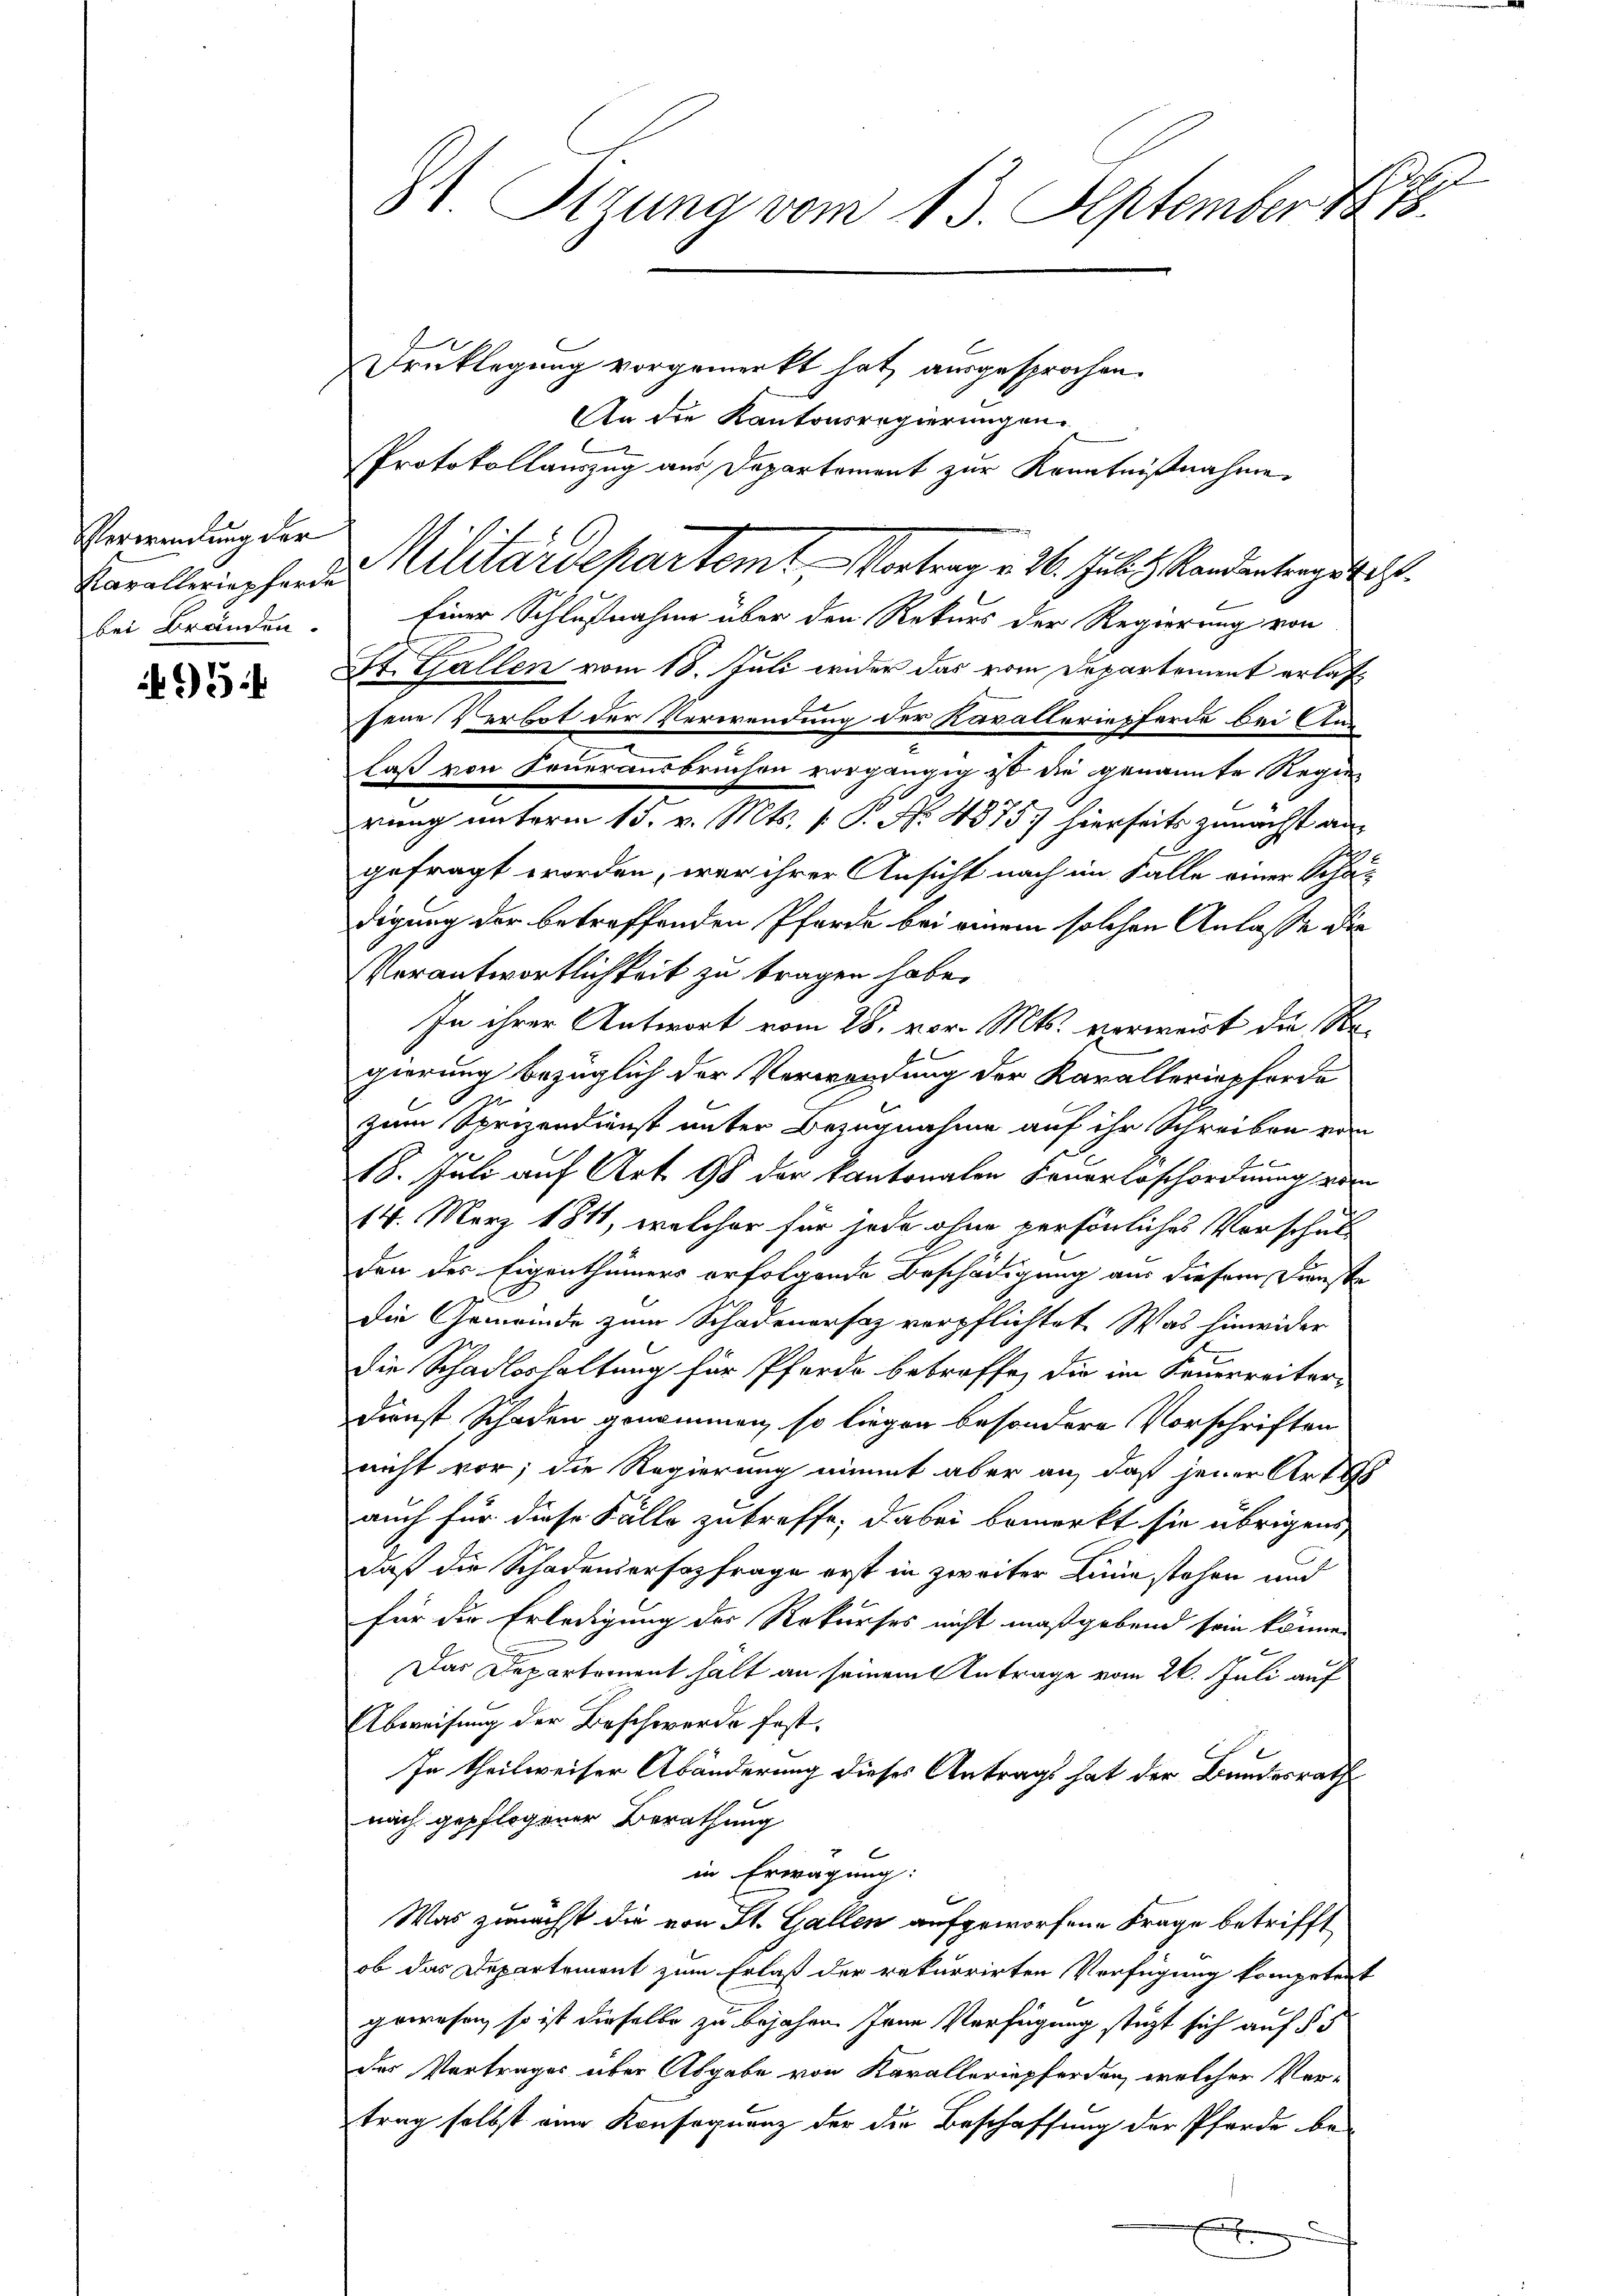
Verwendung der
bei Bränden.

5

2
81. Sizung vom 13. September 1888.

Drucklegung vorgemerkt hat, ausgesprochen.
Einer Schlußnahme über den Rekurs der Regierung von
St. Gallen vom 18. Juli wider das vom Departement erlaß
jene Verbot der Verwendung der Kavalleriepferde bei An
laß von Feuerausbruchen vorgängig ist die genannte Regen
rung unterm 15. v. Mts. 1. P. Nr. 4575) hierseits zunächst angefragt worden, wer ihrer Ansicht nach im Falle einer Schadigung der betreffenden Pfarre bei einem solchen Anlasse die
Verantwortlichkeit zu tragen habe.
In ihrer Antwort vom 28. vor. Mts. verweist die Sagierung bezüglich der Verwendung der Kavalleriepforde
zum Sprizendienst unter Bezugnahme auf ihr Schreiben von
18. Juli auf Art. 98 der kantonalen Feuerloschordnung von
14. März 1811, welcher für jede ohne persönliches Vorschul
den des Eigenthümers erfolgende Beschädigung aus diesem Dienste
die Gemeinde zum Schadenarfaz verpflichtet. Was hinwider
die Schadloshaltung für Pferde betroffe, die im Feuerreiter-
Dienst Schaden genommen, so liegen besondere Vorschriften
nicht vor; die Regierung nimmt aber an, daß jener Art 48
auch für diese Fälle zu treffe, dabei bemerkt sie übrigens,
daß die Schadensersazfrage erst in zweiter Linie stehen und
für die Erledigung der Rekurses nicht maßgebend sein könne.
Das Departement hält an seinem Antrage vom 26. Juli auf
Abweisung der Beschwerde fest¬
In theilweiser Abänderung dieses Antrags hat der Bundesrath
nach gepflogener Berathung

in Erwägung:
Was zunächst die von St. Gallen aufgeworfene Frage betrifft
ob das Departement zum Erlaß der rekurrirten Verfügung kompetent
gewesen, so ist dieselbe zu bejahen. Jene Verfügung stüzt sich auf § 5
des Vertrages über Abgabe von Karalleriepferden, welcher Ver-
trag selbst eine Konsequenz der die Beschaffung der Pferde be-
x

An die Kantonsregierungen.
Protokollauszug aus Departement zur Kenntnißnahme
Baralleichenden Militärdepartemt. Vortrag v. 26. Juli d. Kandertragst